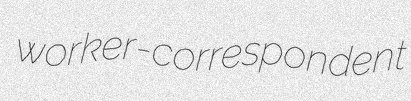
worker-correspondent